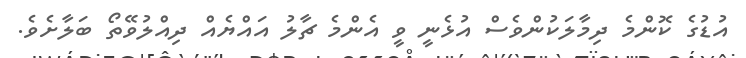
އުޑުގެ ކޮންމެ ދިމާލަކުންވެސް އުޅެނީ ވީ އެންމެ ޗާލު އައްޔެއް ދިއްލުވޭތޯ ބަލާށެވެ.